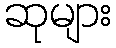
ဆုများ